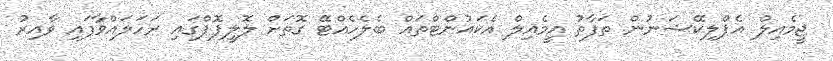
ޖީމެއިލް އެޕްލިކޭޝަނުން ތަފާތު އީމެއިލް އެކައުންޓްތައް ބެލެހެއްޓޭ ގޮތަށް ލޮލީޕޮޕްގައި ރަހަލައްވާފައި ވާއިރު